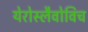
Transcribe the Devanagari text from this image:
येरोस्लैवोविच